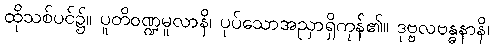
ထိုသစ်ပင်၌။ ပူတိဝဏ္ဍမူလာနိ၊ ပုပ်သောအညှာရှိကုန်၏။ ဒုဗ္ဗလဗန္ဓနာနိ၊